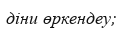
діни өркендеу;